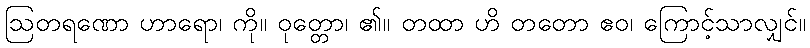
ဩတရဏော ဟာရော၊ ကို။ ဝုတ္တော၊ ၏။ တထာ ဟိ တတော ဧဝ၊ ကြောင့်သာလျှင်။